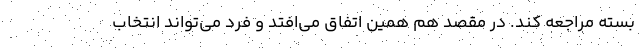
بسته مراجعه کند. در مقصد هم همین اتفاق می‌افتد و فرد می‌تواند انتخاب